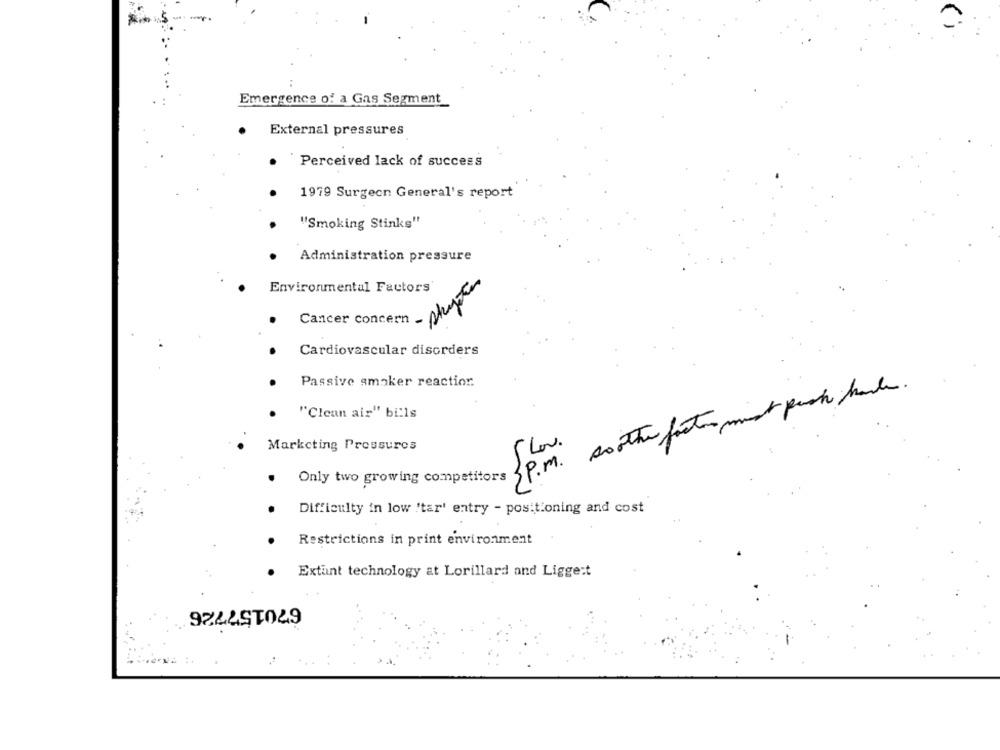
Emergence of a Gas Segment
External pressures
Perceived lack of success
1979 Surgeon General's report
"Smoking Stinks"
Administration pressure
skyte
Environmental Factors'
Cancer concern
Cardiovascular disorders
Passive smoker reaction.
Only two growing competitors &p.M. soother factors must puch hade.
"Clean air" bills
Marketing Pressures
Slow.
Difficulty in low "tar' entry - positioning and cost
..
Restrictions in print environment
Extant technology at Lorillard and Ligge:t
670157726